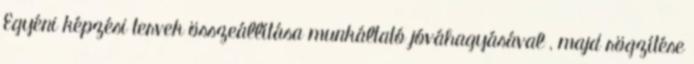
Egyéni képzési tervek összeállítása munkáltató jóváhagyásával , majd rögzítése